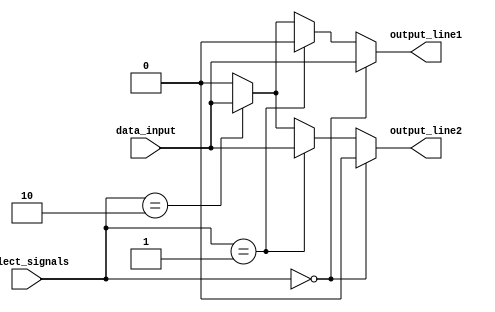
module demultiplexer(
  input wire data_input,
  input wire [1:0] select_signals,
  output reg output_line1,
  output reg output_line2
);

always @(*)
begin
  if(select_signals == 2'b00) //select_signal = 00
  begin
    output_line1 = data_input;
    output_line2 = 1'b0;
  end
  else if(select_signals == 2'b01) //select_signal = 01
  begin
    output_line1 = 1'b0;
    output_line2 = data_input;
  end
  else if(select_signals == 2'b10) //select_signal = 10
  begin
    output_line1 = data_input;
    output_line2 = data_input;
  end
  else //select_signal = 11
  begin
    output_line1 = 1'b0;
    output_line2 = 1'b0;
  end
end

endmodule